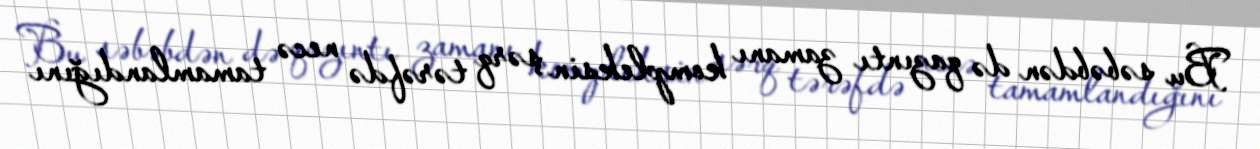
Bu səbəbdən də qazıntı zamanı kompleksin şərq tərəfdə necə tamamlandığını